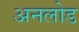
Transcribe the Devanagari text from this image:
अनलोड